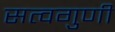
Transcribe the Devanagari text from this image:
सत्वगुणी